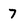
Character: 7